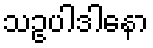
သဥပါဒါနော